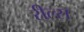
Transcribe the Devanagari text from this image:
रील्स